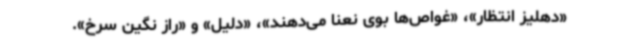
«دهلیز انتظار»، «غواص‌ها بوی نعنا می‌دهند»، «دلیل» و «راز نگین سرخ».